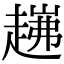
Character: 𧼗